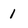
Character: 1